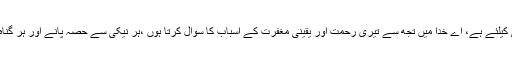
تمام حمد عالمین کے پالنے والے خدا ہی کیلئے ہے، اے خدا میں تجھ سے تیری رحمت اور یقینی مغفرت کے اسباب کا سوال کرتا ہوں ،ہر نیکی سے حصہ پانے اور ہر گناہ سے بچاؤ کا طلب گار ہوں، اے معبود!